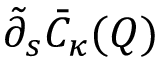
\tilde { \partial } _ { s } \bar { C } _ { \kappa } ( Q )